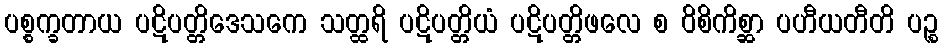
ပစ္စက္ခတာယ ပဋိပတ္တိဒေသကေ သတ္ထရိ ပဋိပတ္တိယံ ပဋိပတ္တိဖလေ စ ဝိစိကိစ္ဆာ ပဟီယတီတိ ပဉ္စ